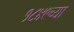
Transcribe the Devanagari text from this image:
१८४९च्या